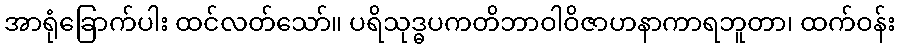
အာရုံခြောက်ပါး ထင်လတ်သော်။ ပရိသုဒ္ဓပကတိဘာဝါဝိဇာဟနာကာရဘူတာ၊ ထက်ဝန်း